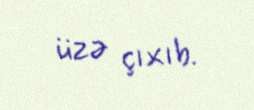
üzə çıxıb.